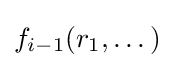
f_{i-1}(r_{1},\dots )